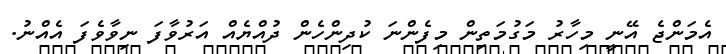
އެމަންޖެ އޭނީ މިހާރު މަގުމަތިން މިފެންނަ ކުދިންހެން ދުއްޔެއް އަރުވާފަ ނިވާވެފަ އެއްނު.